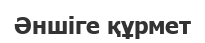
Әншіге құрмет